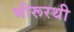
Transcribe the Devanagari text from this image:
भीरूरथी